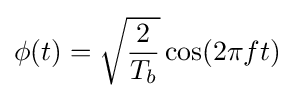
\phi (t)={\sqrt {\frac {2}{T_{b}}}}\cos(2\pi ft)